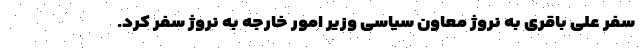
سفر علی باقری به نروژ معاون سیاسی وزیر امور خارجه به نروژ سفر کرد.